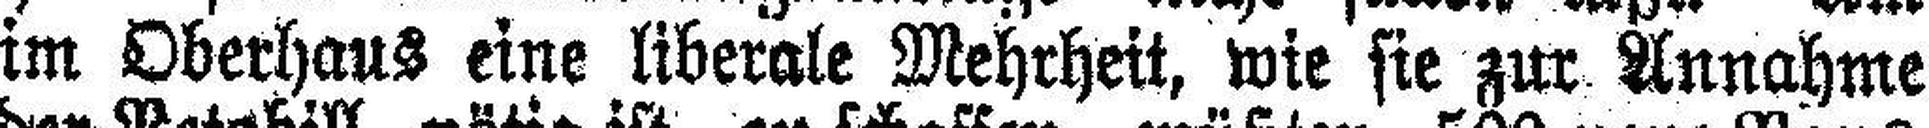
im Oberhaus eine liberale Mehrheit, wie sie zur Annahme